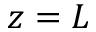
z = L